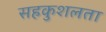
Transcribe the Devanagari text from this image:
सहकुशलता